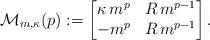
LaTeX: \begin{align*}\mathcal M_{m,\kappa}(p) := \begin{bmatrix}\kappa \, m^p & R\,m^{p-1} \\ - m^p & R\,m^{p-1}\end{bmatrix}.\end{align*}